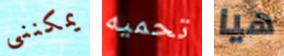
يمكننى تحميه هيا